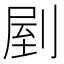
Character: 剭